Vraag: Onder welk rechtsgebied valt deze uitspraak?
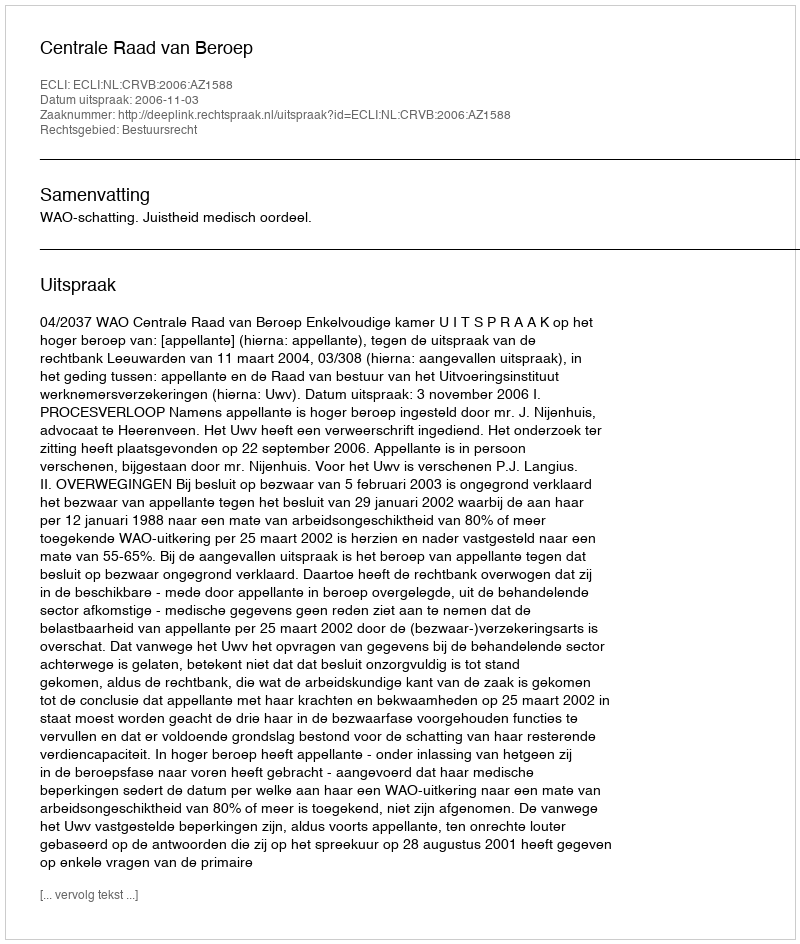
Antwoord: Bestuursrecht